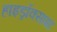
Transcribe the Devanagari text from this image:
हाइड्रॉक्साइट